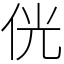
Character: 侊